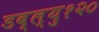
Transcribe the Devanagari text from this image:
डब्ल्यु१२०